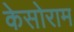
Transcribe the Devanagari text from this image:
केसोराम